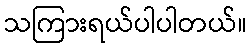
သကြားရယ်ပါပါတယ်။